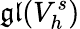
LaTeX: \mathfrak{gl}(V_{h}^{s})